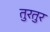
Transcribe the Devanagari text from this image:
तुरतुर